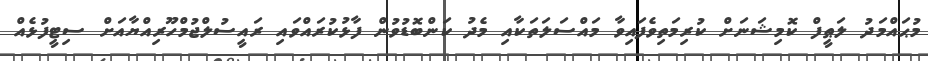
މުޙައްމަދު ލަޠީފް ކޮމިޝަނަށް ކުރިމަތިވެފައިވާ މައްސަލަތަކާއި މެދު ކަންބޮޑުވުން ފާޅުކުރައްވައި ރައީސުލްޖުމްހޫރިއްޔާއަށް ސިޓީފުޅެއް